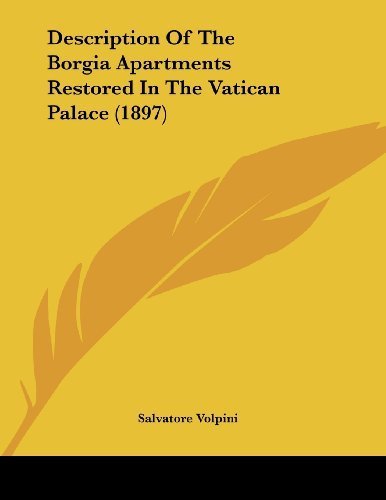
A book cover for Description Of The Borgia Apartments Restored In The Vatican Palace (1897) by Volpini, Salvatore published by Kessinger Publishing, LLC (2009) [Paperback]; Travel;